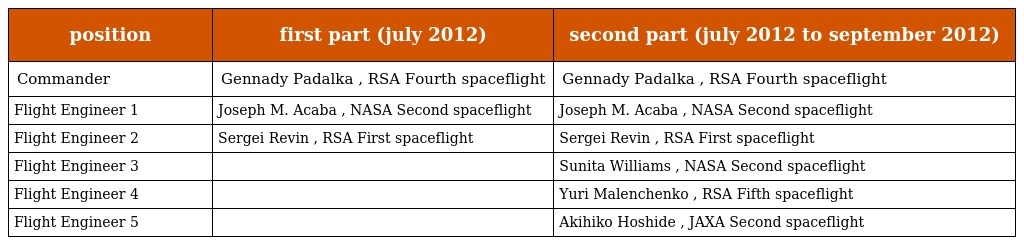
| position | first part (july 2012) | second part (july 2012 to september 2012) |
 | --- | --- | --- |
 | Commander | Gennady Padalka , RSA Fourth spaceflight | Gennady Padalka , RSA Fourth spaceflight |
 | Flight Engineer 1 | Joseph M. Acaba , NASA Second spaceflight | Joseph M. Acaba , NASA Second spaceflight |
 | Flight Engineer 2 | Sergei Revin , RSA First spaceflight | Sergei Revin , RSA First spaceflight |
 | Flight Engineer 3 |  | Sunita Williams , NASA Second spaceflight |
 | Flight Engineer 4 |  | Yuri Malenchenko , RSA Fifth spaceflight |
 | Flight Engineer 5 |  | Akihiko Hoshide , JAXA Second spaceflight |